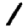
Digit: 1